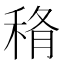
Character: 𥞼